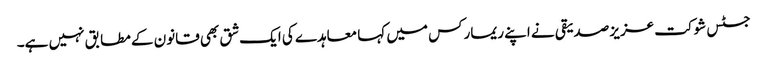
جسٹس شوکت عزیز صدیقی نے اپنے ریمارکس میں کہا معاہدے کی ایک شق بھی قانون کے مطابق نہیں ہے۔